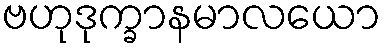
ဗဟုဒုက္ခာနမာလယော